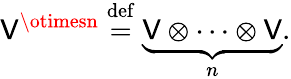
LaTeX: \mathsf{V}^{\otimesn}\; {\overset{\mathrm{{def}}}{=}}\; \underbrace{{\mathsf{V}\otimes\cdots\otimes\mathsf{V}}}_{n}.